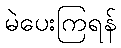
မဲပေးကြရန်